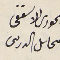
الحورى الاسقفى محاىل الدرىىى